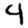
Digit: 4